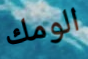
الومك